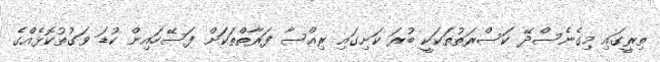
ތިރީގައި މިގެނެސްދޭ ކަސްރަތުތަކަކީ ބުރަ ކަށިގައި ރިއްސާ ފަރާތްތަކަށް ފަސޭހައިން ކުޑަ ވަގުތުކޮޅެއްގެ